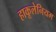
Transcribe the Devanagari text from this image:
हाकूलेनियम